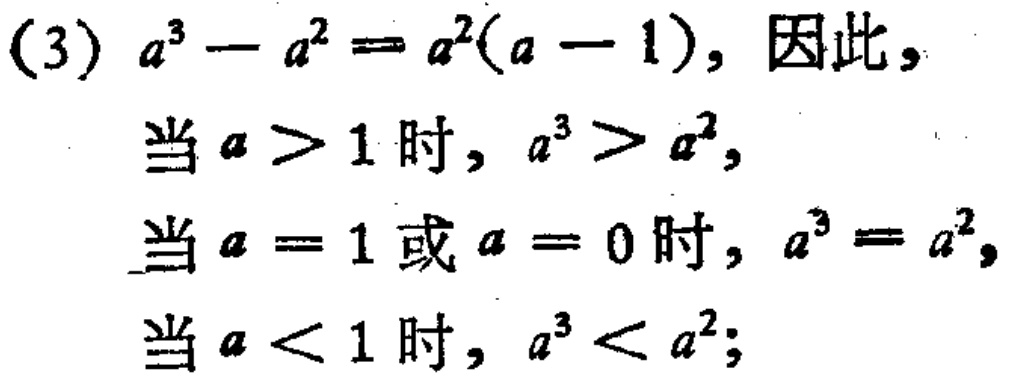
(3) \(a^{3}-a^{2}=a^{2}(a - 1)\), 因此,

当 \(a>1\) 时, \(a^{3}>a^{2}\),

当 \(a = 1\) 或 \(a = 0\) 时, \(a^{3}=a^{2}\),

当 \(a<1\) 时, \(a^{3}<a^{2}\);